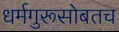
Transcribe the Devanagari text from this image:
धर्मगुरूसोबतच